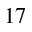
^ { 1 7 }